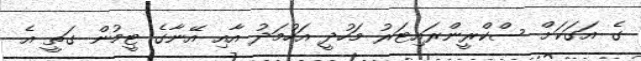
ގެ އަގަކަށް ސްކްރީންރައިޓަރު މަހުދީ އަހުމަދު އާއި އޭނާގެ ޓީމުން ގަތީ އެ